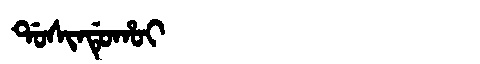
Manchu: ᡩᠣᠰᡳᠨᡩᡠᡥᠣᡳ
Romanization: DOSINDUHOI